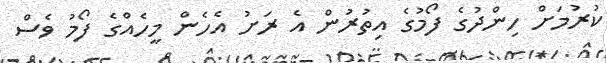
ކުރުމަށް ހިންދުގެ ފޯމުގެ އިތުރުން އެ ރަށު އެހެން މީހެއްގެ ފޯމު ވެސް